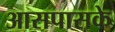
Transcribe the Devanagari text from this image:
आसपासके